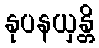
နုပနယှန္တိ